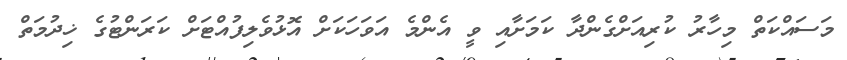
މަސައްކަތް މިހާރު ކުރިއަށްގެންދާ ކަމަށާއި ވީ އެންމެ އަވަހަކަށް އޮޅުވެލިފުއްޓަށް ކަރަންޓުގެ ޚިދުމަތް